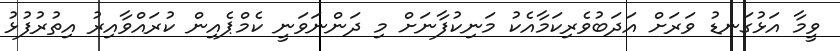
ވީމާ އަޅުގަނޑު ވަރަށް އަދަބުވެރިކަމާއެކު މަނިކުފާނަށް މި ދަންނަވަނީ ކެމްޕެއިން ކުރައްވާއިރު އިތުރުފުޅު